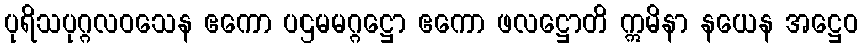
ပုရိသပုဂ္ဂလဝသေန ဧကော ပဌမမဂ္ဂဋ္ဌော ဧကော ဖလဋ္ဌောတိ ဣမိနာ နယေန အဋ္ဌေဝ